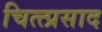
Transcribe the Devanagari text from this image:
चित्त्प्रसाद